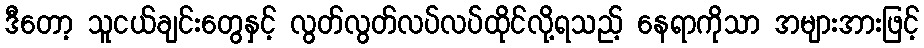
ဒီတော့ သူငယ်ချင်းတွေနှင့် လွတ်လွတ်လပ်လပ်ထိုင်လို့ရသည့် နေရာကိုသာ အများအားဖြင့်